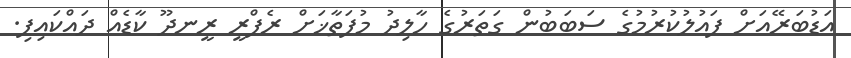
އަޑުބަރޭއަށް ފައުލުކުރުމުގެ ސަބަބުން ގަތަރުގެ ހާލިދު މުފަތާޚަަށް ރެފްރީ ރީނދޫ ކާޑެއް ދައްކައިފި.